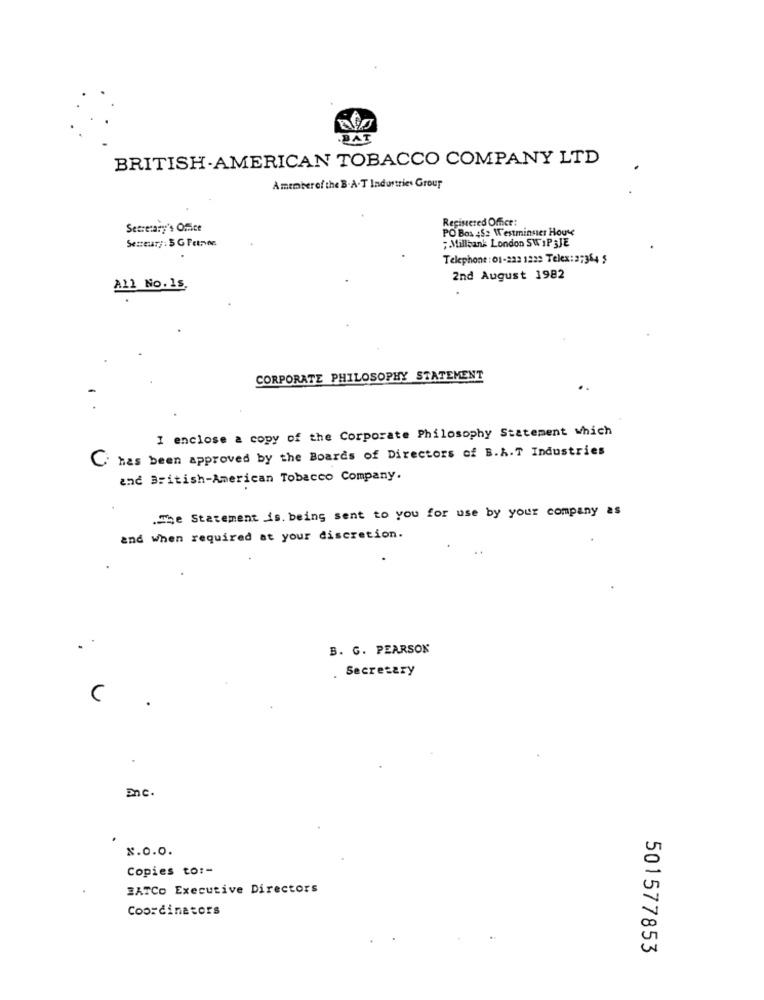
.BAT
BRITISH-AMERICAN TOBACCO COMPANY LTD
Amemberof the B.A.T Industries Group
Registered Office:
Secretary's Office
PO Box 4Sz Westminster Houve
; Millbank London SW I P3JE
Telephone : 01-222 1232 Telex: 27354 5
2nd August 1982
All No.1s.
CORPORATE PHILOSOPHY STATEMENT
I enclose a copy of the Corporate Philosophy Statement which
has been approved by the Boards of Directors of B.A.T Industries
and British-American Tobacco Company.
.The Statement is being sent to you for use by your company as
and when required at your discretion.
...
B. G. PEARSON
Secretary
C
En C.
x.0.0.
Copies to :-
IATCo Executive Directors
Coordinators
501577853